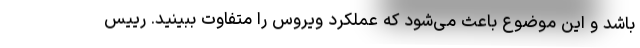
باشد و این موضوع باعث می‌شود که عملکرد ویروس را متفاوت ببینید. رییس